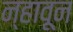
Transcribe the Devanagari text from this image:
न्हावून